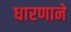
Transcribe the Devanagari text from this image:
धारणाने